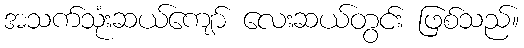
အသက်သုံးဆယ်ကျော် လေးဆယ်တွင်း ဖြစ်သည်။